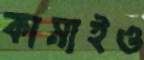
কামাইও